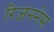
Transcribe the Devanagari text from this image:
रिजननेस